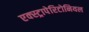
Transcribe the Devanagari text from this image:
एक्स्ट्रापेरिटोनियल